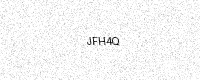
Text: JFH4Q